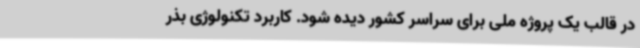
در قالب یک پروژه ملی برای سراسر کشور دیده شود. کاربرد تکنولوژی بذر